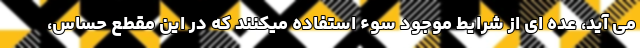
می آید، عده ای از شرایط موجود سوء استفاده میکنند که در این مقطع حساس،